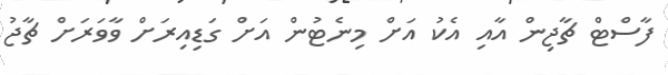
ފާސްޓް ޗާޖިން އާއި އެކު އަށް މިނެޓުން އަށް ގަޑިއިރަށް ވާވަރަށް ޗާޖު